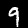
Label: 9